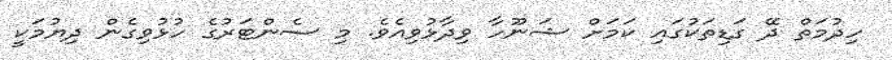
ހިދުމަތް ދޭ ގަޑިތަކުގައި ކަމަށް ޝަނޫހާ ވިދާޅުވިއެވެ. މި ސެންޓަރުގެ ހުޅުވިގެން ދިޔުމަކީ